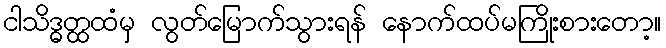
ငါသိဒ္ဓတ္ထထံမှ လွတ်မြောက်သွားရန် နောက်ထပ်မကြိုးစားတော့။